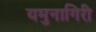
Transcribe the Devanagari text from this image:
यमुनागिरी